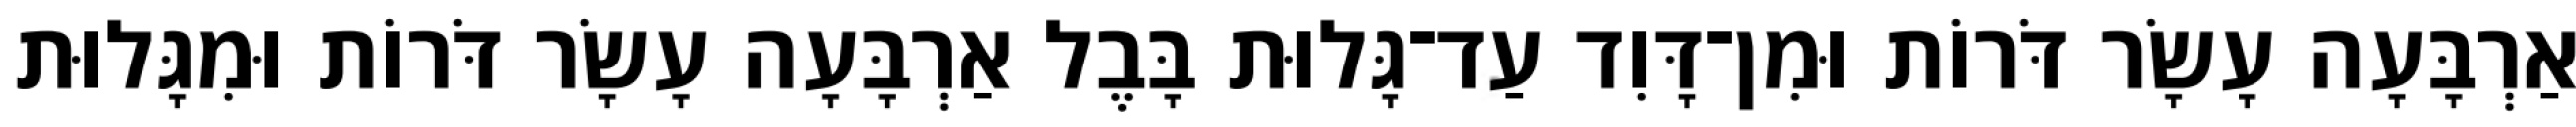
אַרְבָּעָה עָשָׂר דֹּרוֹת וּמִן־דָּוִד עַד־גָּלוּת בָּבֶל אַרְבָּעָה עָשָׂר דֹּרוֹת וּמִגָּלוּת